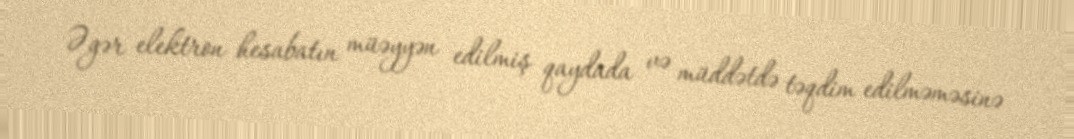
Əgər elektron hesabatın müəyyən edilmiş qaydada və müddətdə təqdim edilməməsinə